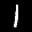
Label: 1